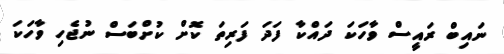
ނައިބް ރައީސް ވާހަކަ ދައްކާ ފަދަ ފަރިތަ ކޮށް ކުށްބަސް ނުޖެހި ވާހަކަ